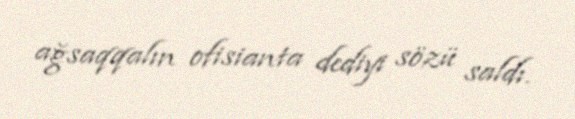
ağsaqqalın ofisianta dediyi sözü saldı.